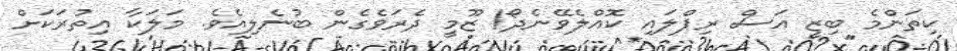
ކިތަންމެ ބިޒީ އަސް ރިޕްލައި ކޮއްލެވޭނެދޯ! ޒޫމީ ދެރަވެގެން ބުނެލިއެވެ. މަލަކާ އިތުރަކަށް